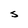
Character: S